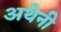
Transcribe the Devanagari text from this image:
अथेनी